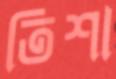
তিশা